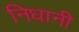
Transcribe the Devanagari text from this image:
निधानी